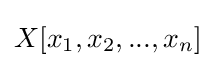
X[x_{1},x_{2},...,x_{n}]